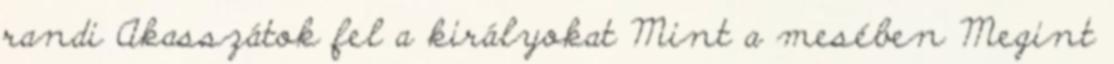
randi Akasszátok fel a királyokat Mint a mesében Megint